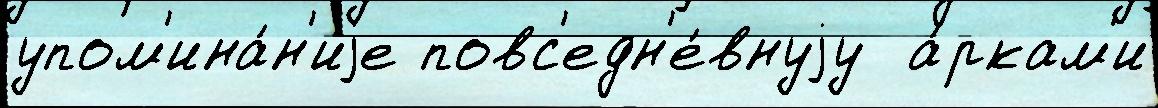
упом'ина́н'иjе повс'едн'е́внуjу  а́ркам'и